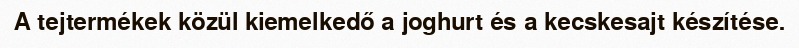
A tejtermékek közül kiemelkedő a joghurt és a kecskesajt készítése.